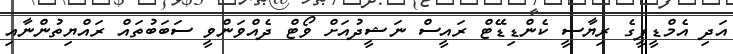
އަދި އެމްޑީޕީގެ ރިޔާސީ ކެންޑިޑޭޓް ރައީސް ނަޝީދުއަށް ވޯޓް ދެއްވަންވީ ސަބަބުތައް ރައްޔިތުންނާއި